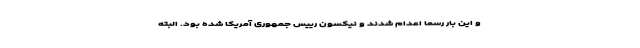
و این بار رسماً اعدام شدند و نیکسون رییس جمهوری آمریکا شده بود. البته